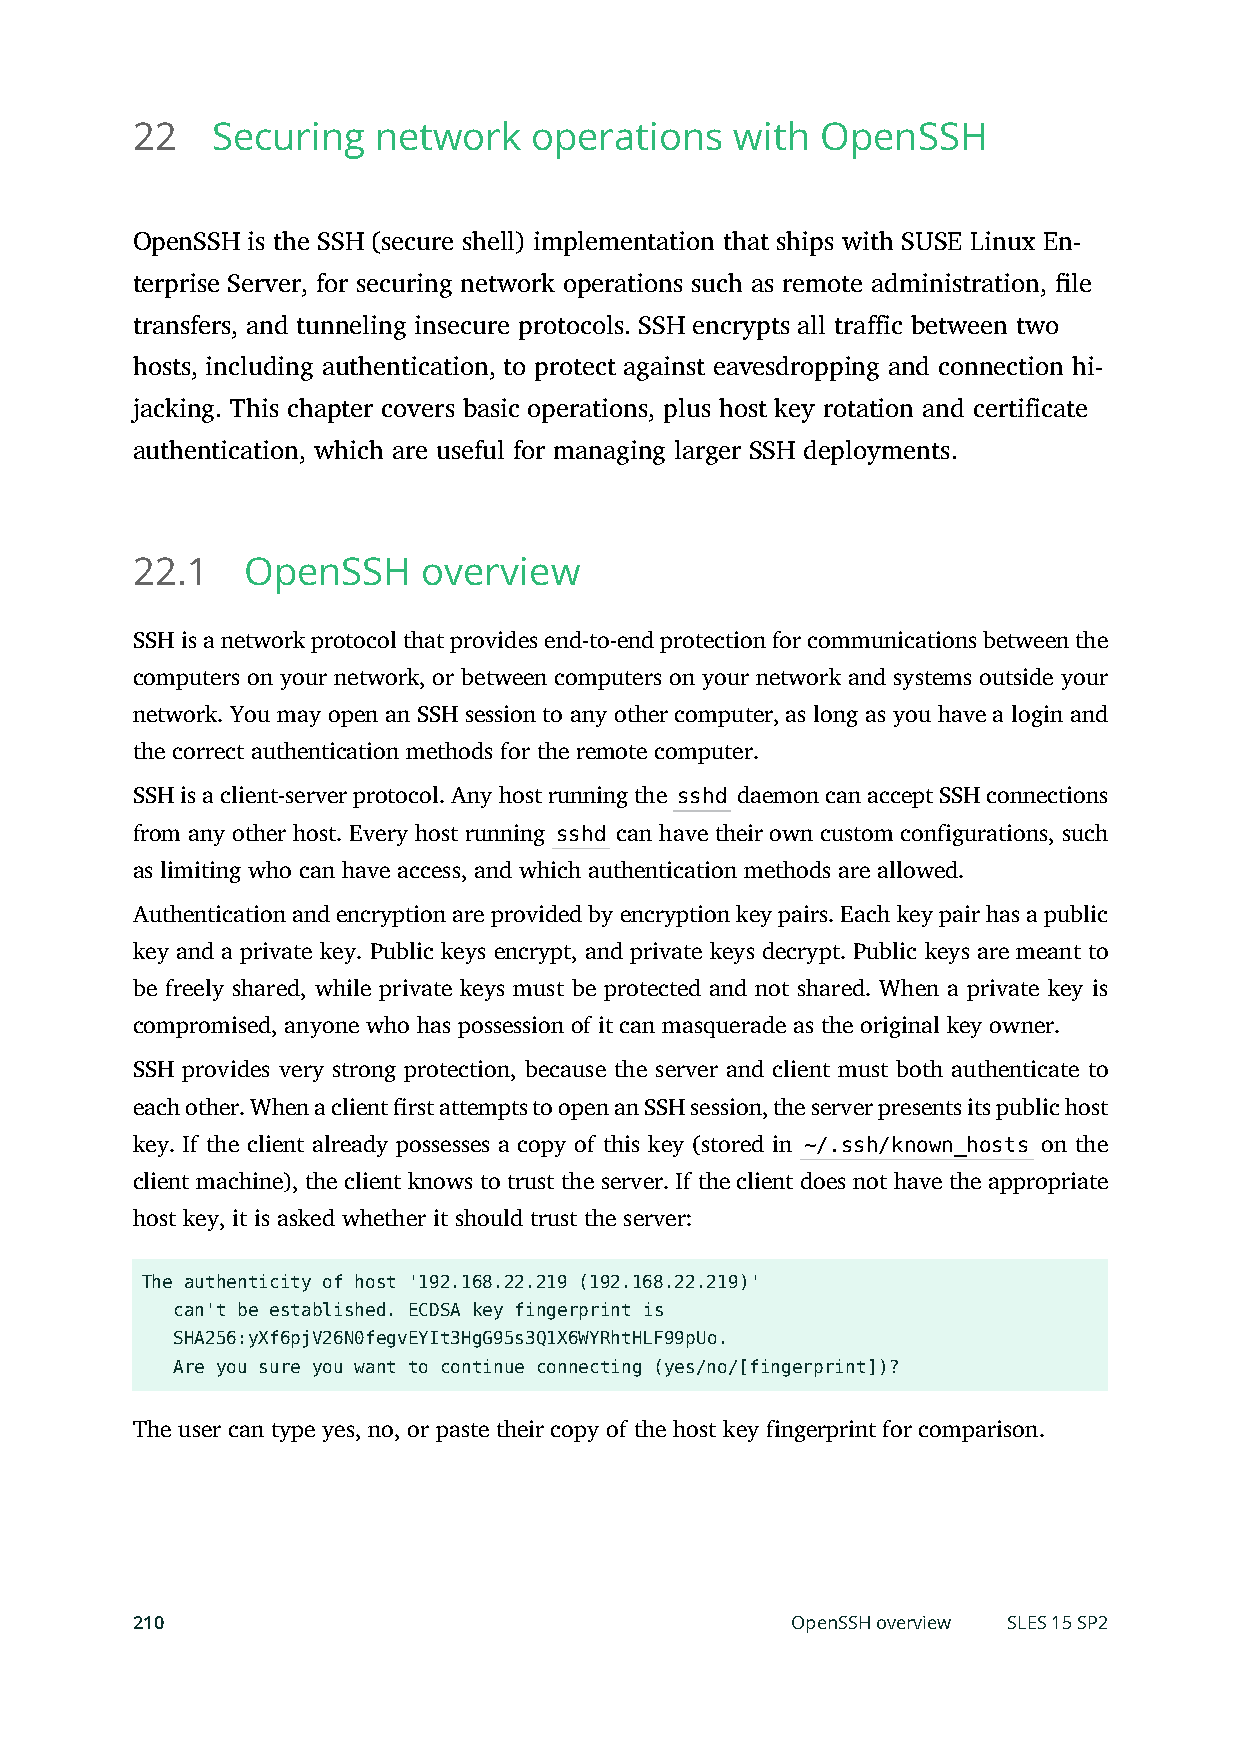
22   Securing   network   operations    with OpenSSH
 OpenSSH is the SSH (secure shell) implementation that ships with SUSE Linux En-
 terprise Server, for securing network operations such as remote administration, le
 transfers, and tunneling insecure protocols. SSH encrypts all traffic between two
 hosts, including authentication, to protect against eavesdropping and connection hi-
 jacking. This chapter covers basic operations, plus host key rotation and certificate
 authentication, which are useful for managing larger SSH deployments.
 22.1   OpenSSH     overview
 SSH is a network protocol that provides end-to-end protection for communications between the
 computers on your network, or between computers on your network and systems outside your
 network. You may open an SSH session to any other computer, as long as you have a login and
 the correct authentication methods for the remote computer.
 SSH is a client-server protocol. Any host running the sshd daemon can accept SSH connections
 from any other host. Every host running sshd can have their own custom configurations, such
 as limiting who can have access, and which authentication methods are allowed.
 Authentication and encryption are provided by encryption key pairs. Each key pair has a public
 key and a private key. Public keys encrypt, and private keys decrypt. Public keys are meant to
 be freely shared, while private keys must be protected and not shared. When a private key is
 compromised, anyone who has possession of it can masquerade as the original key owner.
 SSH provides very strong protection, because the server and client must both authenticate to
 each other. When a client rst attempts to open an SSH session, the server presents its public host
 key. If the client already possesses a copy of this key (stored in ~/.ssh/known_hosts on the
 client machine), the client knows to trust the server. If the client does not have the appropriate
 host key, it is asked whether it should trust the server:
 The authenticity of host '192.168.22.219 (192.168.22.219)'
 can't be established. ECDSA key fingerprint is
 SHA256:yXf6pjV26N0fegvEYIt3HgG95s3Q1X6WYRhtHLF99pUo.
 Are you sure you want to continue connecting (yes/no/[fingerprint])?
 The user can type yes, no, or paste their copy of the host key fingerprint for comparison.
 210                                        OpenSSH overview SLES 15 SP2